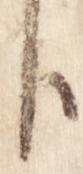
臣